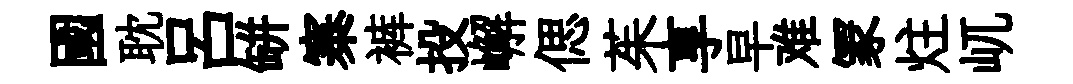
國耽吕缾寨裤投嶰偲茱享早难冡炷屼